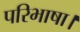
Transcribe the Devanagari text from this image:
परिभाषा।